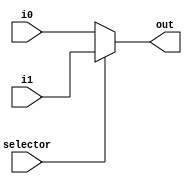

`timescale 1ps/1ps
module Multiplexer2i1o #(parameter SIZE = 32) (
    i0, 
    i1, 
    selector, 
    out
    );
    
    input [SIZE-1:0] i0;
    input [SIZE-1:0] i1;
    input selector;
    
    output [SIZE-1:0] out;
    
    assign out = (selector == 1'd1) ? i1 : i0;
    
endmodule